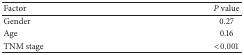
<table><thead><tr><td><b>Factor</b></td><td><b><i>P</i> value</b></td></tr></thead><tbody><tr><td>Gender</td><td>0.27</td></tr><tr><td>Age</td><td>0.16</td></tr><tr><td>TNM stage</td><td>&lt;0.001</td></tr></tbody></table>